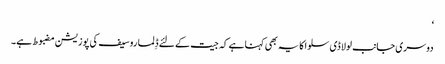
‘
دوسری جانب لولا ڈی سلوا کا یہ بھی کہنا ہے کہ جیت کے لئے ڈِلما روسیف کی پوزیشن مضبوط ہے۔